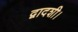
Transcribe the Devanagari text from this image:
द्वादशी।